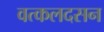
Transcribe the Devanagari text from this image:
वत्कलदसन